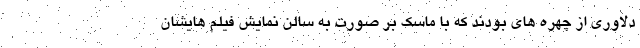
دلاوری از چهره های بودند که با ماسک بر صورت به سالن نمایش فیلم هایشان